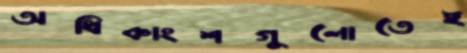
অধিকাংশগুলোতেই